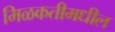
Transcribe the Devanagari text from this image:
मिळकतीमधील